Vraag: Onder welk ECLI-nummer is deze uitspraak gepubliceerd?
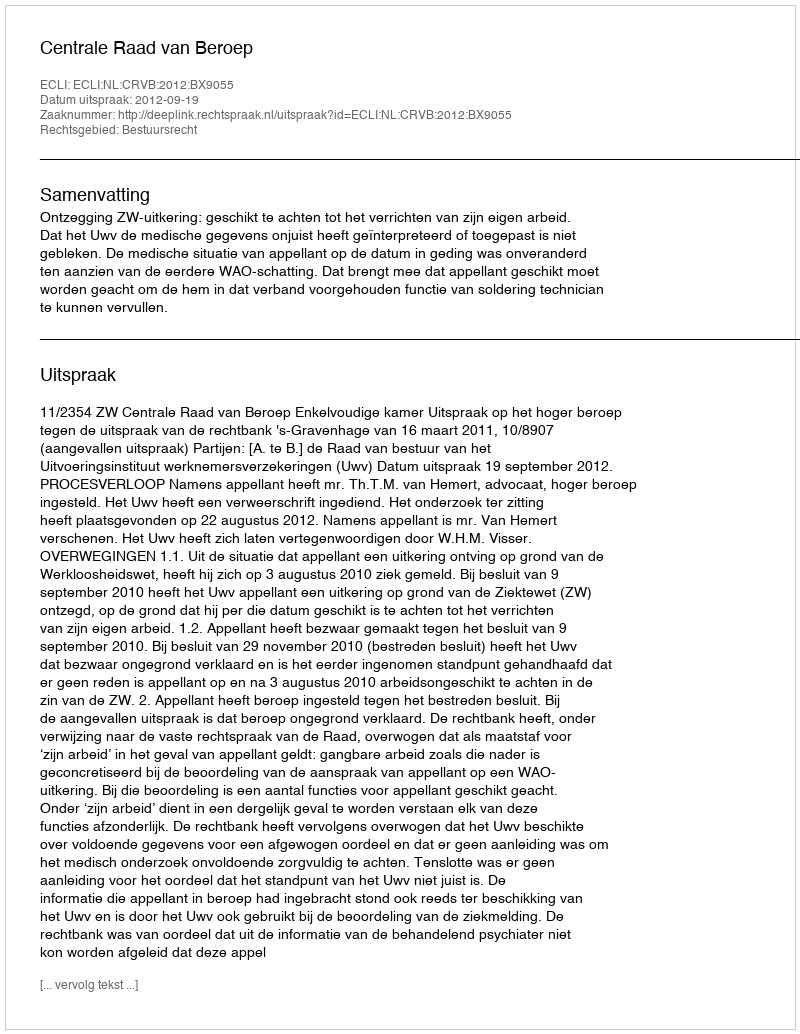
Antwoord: ECLI:NL:CRVB:2012:BX9055